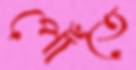
পোঁতে